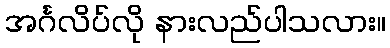
အင်္ဂလိပ်လို နားလည်ပါသလား။